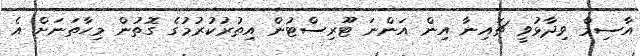
އާސިމް ވިދާޅުވީ ޗައިނާ އިން އަންނަ ޓޫރިސްޓުން އިތުރުކުރުމުގެ ގޮތުން މިހާތަނަށް އެ